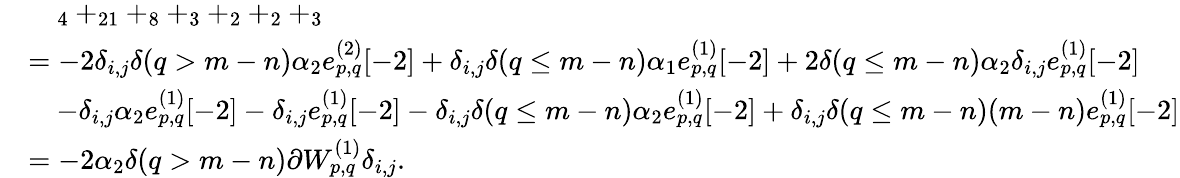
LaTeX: \begin{array}{rl}&{\quad_{4}+_{21}+_{8}+_{3}+_{2}+_{2}+_{3}}\\ &{=-2\delta_{i,j}\delta(q>m-n)\alpha_{2}e_{p,q}^{(2)}[-2]+\delta_{i,j}\delta(q\leq m-n)\alpha_{1}e_{p,q}^{(1)}[-2]+2\delta(q\leq m-n)\alpha_{2}\delta_{i,j}e_{p,q}^{(1)}[-2]}\\ &{\quad-\delta_{i,j}\alpha_{2}e_{p,q}^{(1)}[-2]-\delta_{i,j}e_{p,q}^{(1)}[-2]-\delta_{i,j}\delta(q\leq m-n)\alpha_{2}e_{p,q}^{(1)}[-2]+\delta_{i,j}\delta(q\leq m-n)(m-n)e_{p,q}^{(1)}[-2]}\\ &{=-2\alpha_{2}\delta(q>m-n)\partial W_{p,q}^{(1)}\delta_{i,j}.}\end{array}